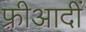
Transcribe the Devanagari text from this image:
फ़्रीआदीं